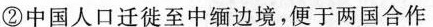
②中国人口迁徙至中缅边境，便于两国合作